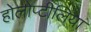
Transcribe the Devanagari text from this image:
होलोप्टीलिया